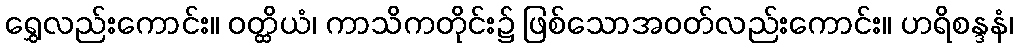
ရွှေလည်းကောင်း။ ဝတ္ထိယံ၊ ကာသိကတိုင်း၌ ဖြစ်သောအဝတ်လည်းကောင်း။ ဟရိစန္ဒနံ၊